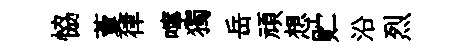
恊藑律嚀獨岳頑想贮沿烈